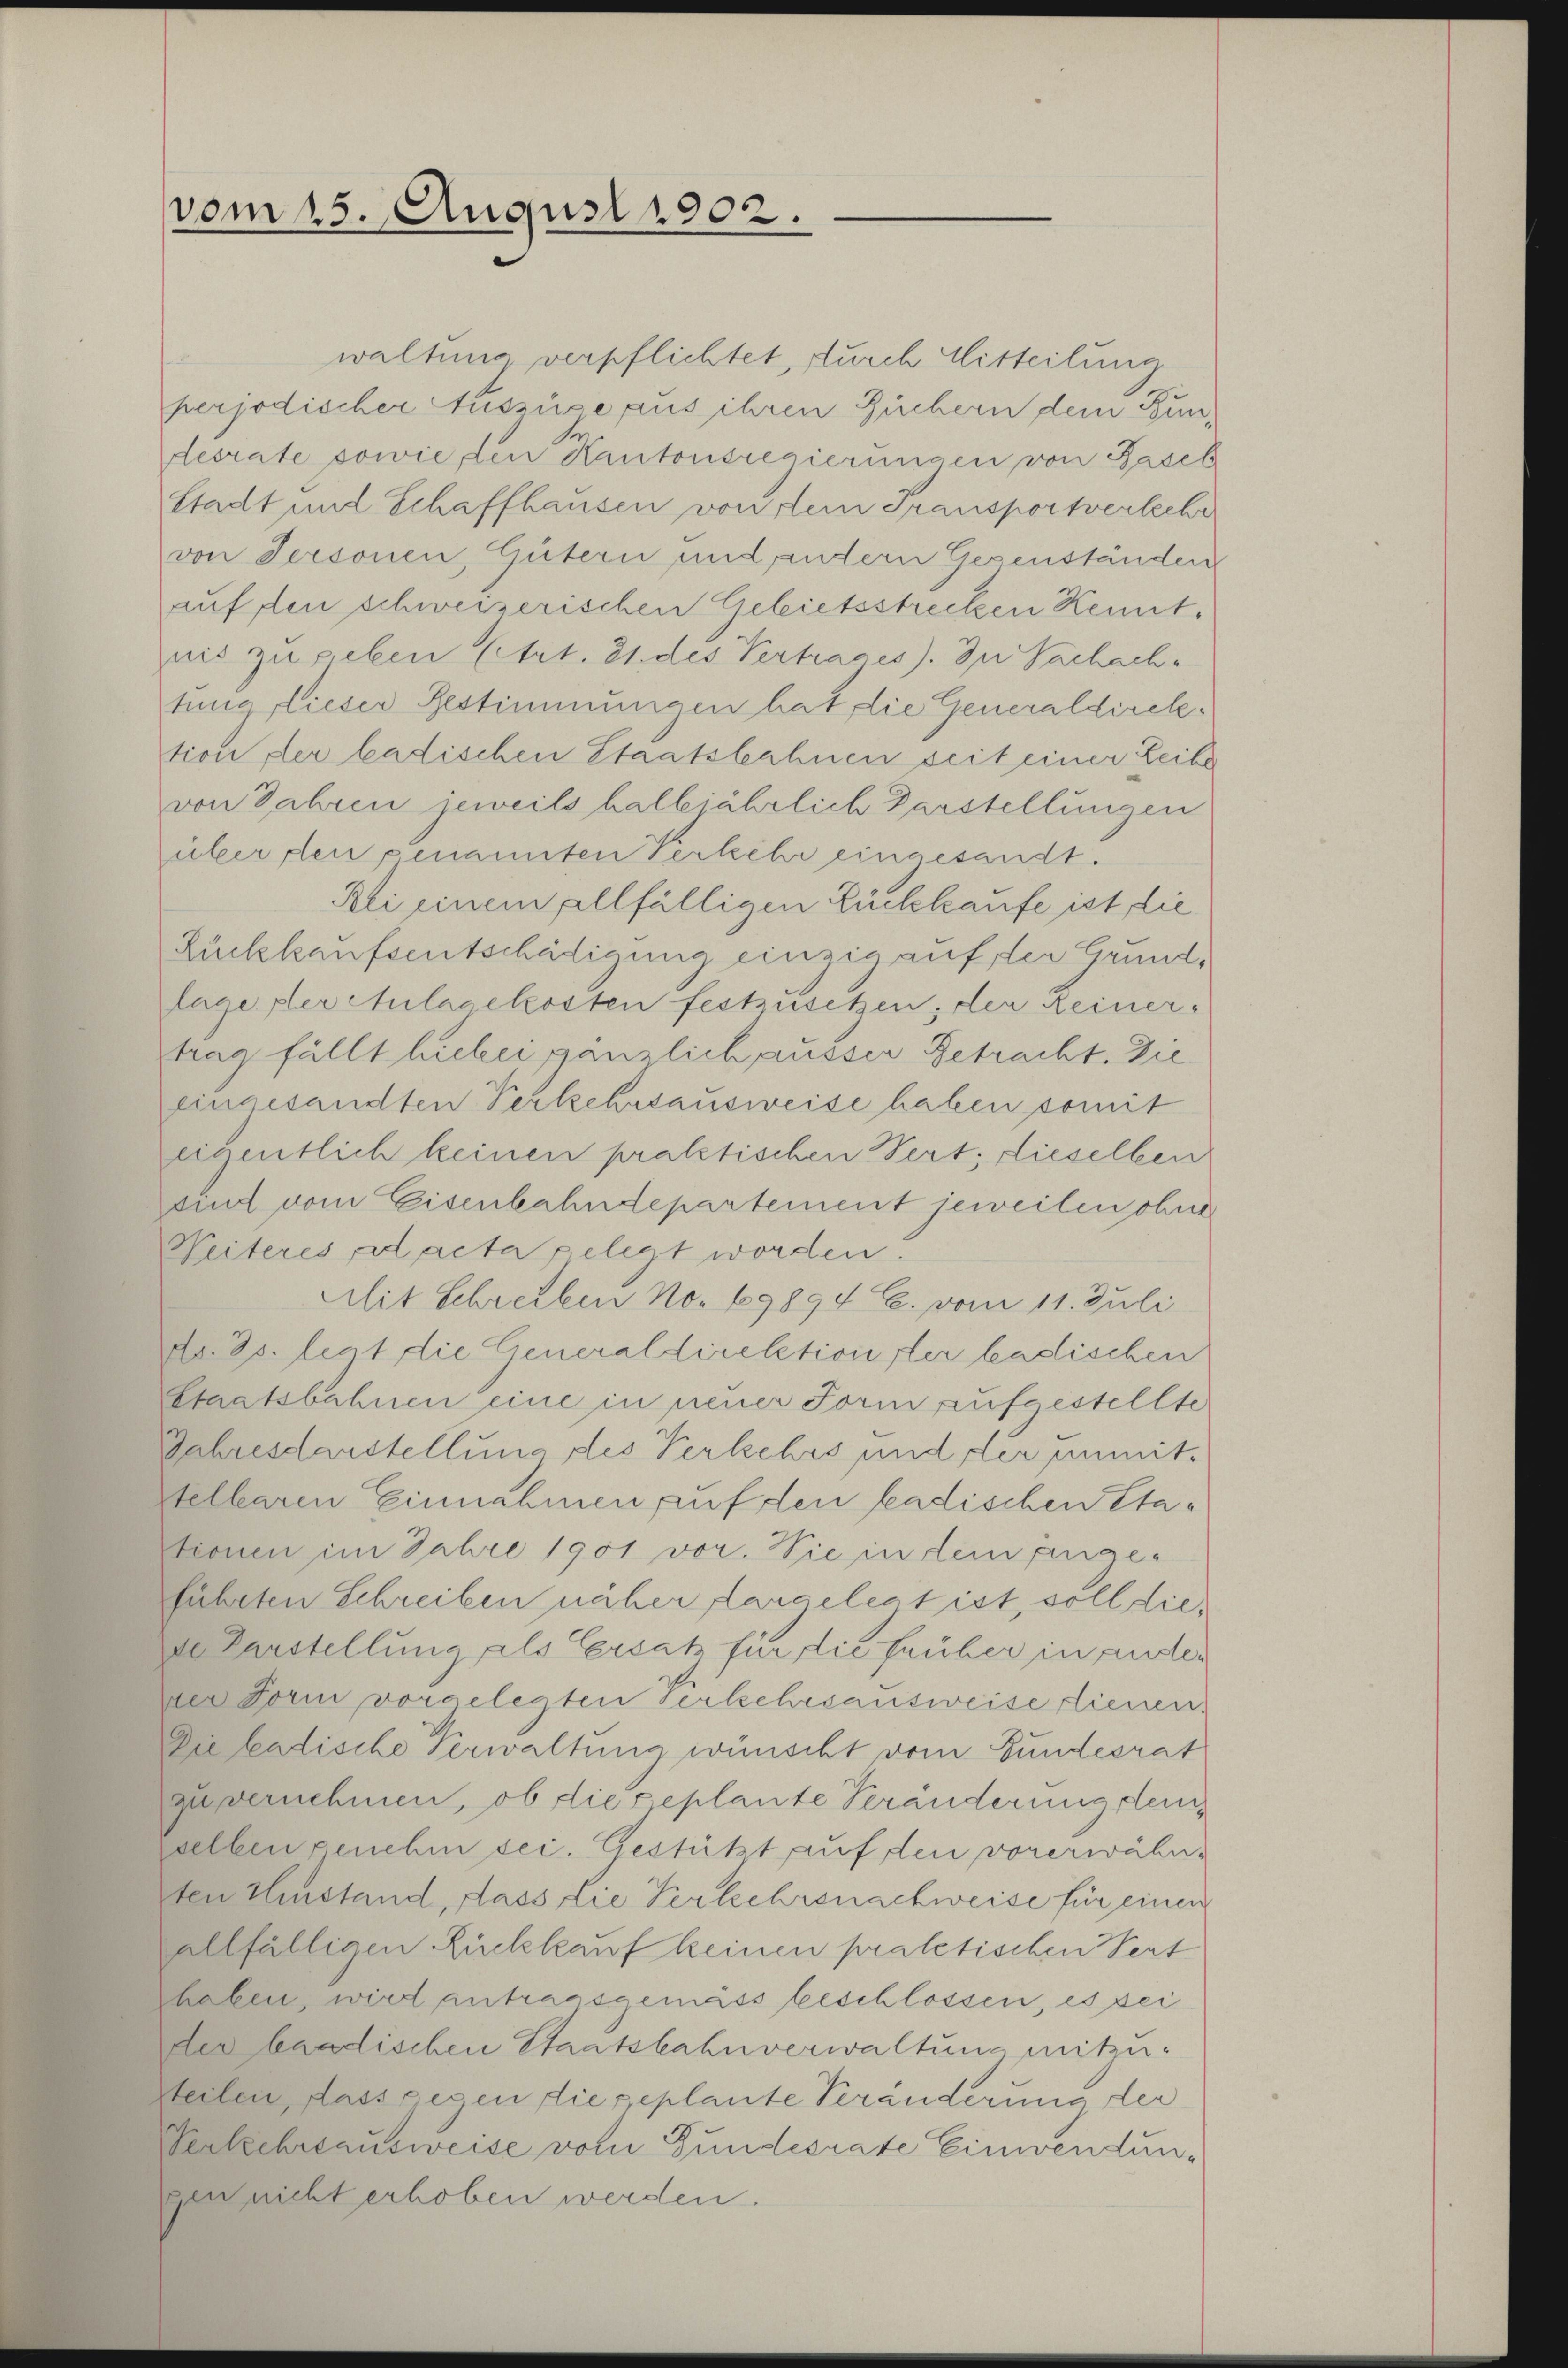
vom 15. August 1902.

waltung verpflichtet, durch Mitteilung
perjodischer Auszüge aus ihren Büchern dem Bun-
desrate sowie den Kantonsregierungen von Basel
Stadt und Schaffhausen von dem Transportverkehr
von Personen, Gütern und andern Gegenständen
auffen schweizerischen Gebietsstrecken Kenntnis zu geben (Art. 21. des Vertrages). In Sachach
tung dieser Bestimmungen hat, die Generaldirektion der badischen Staatsbahnen seit einer Leibe
von Jahren jeweils halbjährlich Darstellungen
über den genannten Perkehr eingesandt.
Bei einem allfälligen Rückkaufe ist die
Rückkaufsentschädigung einzig auf der Grundlage der Aulacekosten festzusetzen; der Reiner-
trag füllt lieber gänzlich ausser Getracht. Die
eingesandten Verkehrsausweise haben somit
eigentlich keinen praktischen Pert; dieselben
sind vom Eisenbahndepartement jeweilen ohne
Weiteres, dacta gelegt worden?
Mit Schreiben No. 69894 C. vom 11. Juli
do. ds. leat die Generaldirektionsler badischen
Staatsbahnen eine in neuer Form aufgestellte
Jahresdarstellung des Verkehrs und der unmit-
telbaren Einnahmen auf den badischen Etationen im Jahre 1901 vor. Sie in dem finge-
führten Schreiben näher dargelegt ist, soll diede Darstellung als Ersatz für die früher in ander
der Form vorgelegten Verkehrsausweise tienen.
Die Ladische Verwaltung wünscht vom Bundesrat
zu vernehmen, ob die geplante Veränderung den
selben genehm sei. Gestützt auf den vorerwähnten Hinstand, dass die Verkehrenachweise für einen
allfälligen Rückkauf keinen pratetischen Vert
haben, wird antragsgemäss beschlossen, es sei
der baadischen Staatsbahnverwaltung mitzusteilen, dass gegen die geplante Veränderung der
Verkehrsausweise vom Gundesrate Einwendungen nicht erhoben werden.